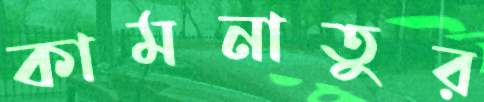
কামনাতুর